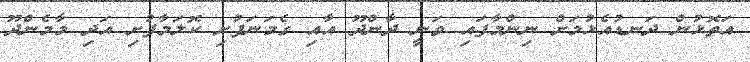
އަތޮޅުން ދަނޑުއެޅުމަށް ނިންމާފައި ވަނީ ދާންދޫ އާއި ގެމަނަފުށި ކޮލަމާފުށި އަދި މާމެންދޫ